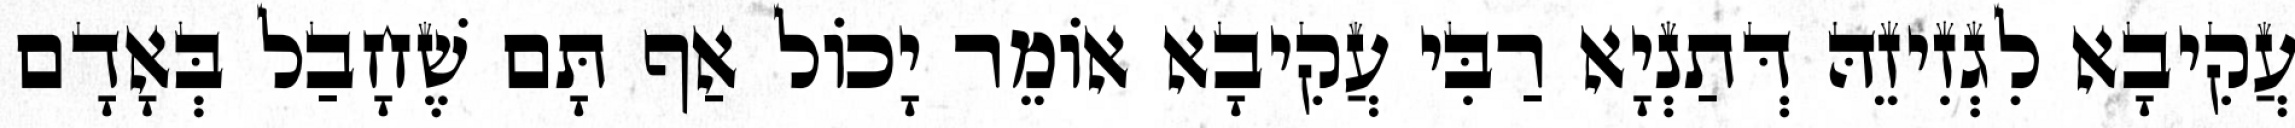
עֲקִיבָא לִגְזִיזֵהּ דְּתַנְיָא רַבִּי עֲקִיבָא אוֹמֵר יָכוֹל אַף תָּם שֶׁחָבַל בְּאָדָם